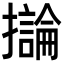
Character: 𫾗